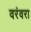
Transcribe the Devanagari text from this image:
वरंवरा